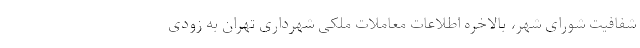
شفافیت شورای شهر، بالاخره اطلاعات معاملات ملکی شهرداری تهران به زودی